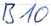
Text: B10